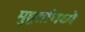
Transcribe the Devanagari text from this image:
मुहूर्तामध्ये